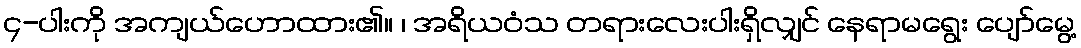
၄-ပါးကို အကျယ်ဟောထား၏။ ၊ အရိယဝံသ တရားလေးပါးရှိလျှင် နေရာမရွေး ပျော်မွေ့